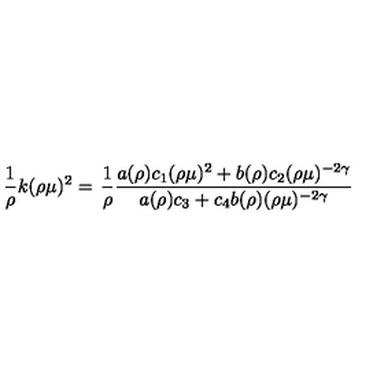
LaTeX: \frac { 1 } { \rho } k ( \rho \mu ) ^ { 2 } = \left. \frac { 1 } { \rho } \frac { a ( \rho ) c _ { 1 } ( \rho \mu ) ^ { 2 } + b ( \rho ) c _ { 2 } ( \rho \mu ) ^ { - 2 \gamma } } { a ( \rho ) c _ { 3 } + c _ { 4 } b ( \rho ) ( \rho \mu ) ^ { - 2 \gamma } } \right.